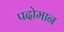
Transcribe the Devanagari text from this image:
पदोमान